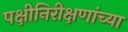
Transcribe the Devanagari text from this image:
पक्षीनिरीक्षणांच्या